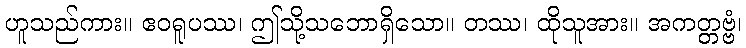
ဟူသည်ကား။ ဧဝရူပဿ၊ ဤသို့သဘောရှိသော။ တဿ၊ ထိုသူအား။ အကတ္တဗ္ဗံ၊